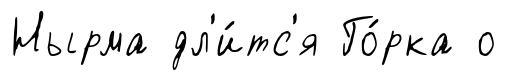
Нырма дл'и́тс'я Го́рка о